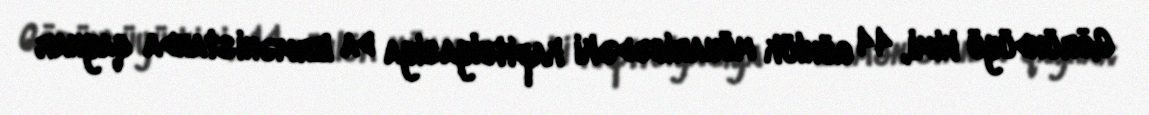
Göründüyü kimi, 44 günlük müharibədəki kapitulyasiya da Ermənistanda qaynar